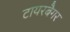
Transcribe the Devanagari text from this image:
टायरबैगर